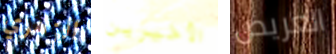
الزهري الأخيرين العريض